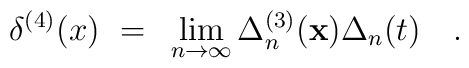
\delta^{(4)} (x)~=~\lim_{n\to\infty} \Delta_n^{(3)}({\bf x})\Delta_n(t) \quad .